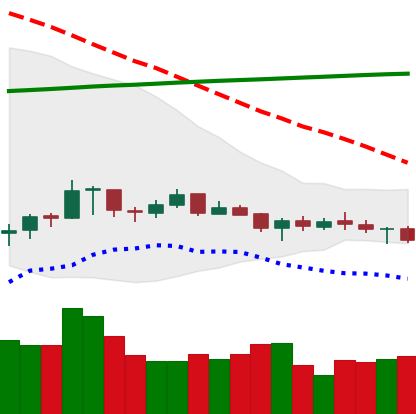
Ticker: XRP-USD
Chart end date: 2021-07-15
Forward return: -11.325%
Label: down_7plus